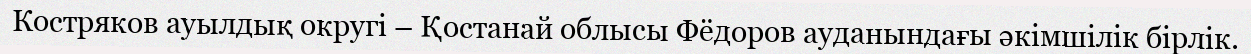
Костряков ауылдық округі – Қостанай облысы Фёдоров ауданындағы әкімшілік бірлік.